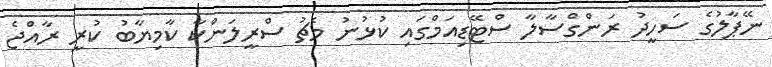
ނޭޕާލުގެ ސަހީދު ރަންގްސާލާ ސްޓޭޑިއަމްގައި ކުޅުނު މެޗު ސްރީލަންކާ ކާމިޔާބު ކުރީ ރާއްޖެ